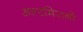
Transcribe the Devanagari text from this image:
अल्टमिरानो